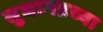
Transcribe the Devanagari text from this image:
सुधागडच्या